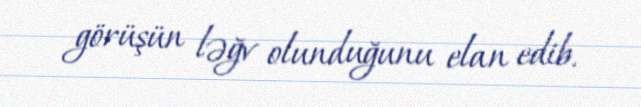
görüşün ləğv olunduğunu elan edib.